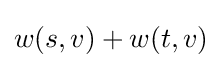
w(s,v)+w(t,v)